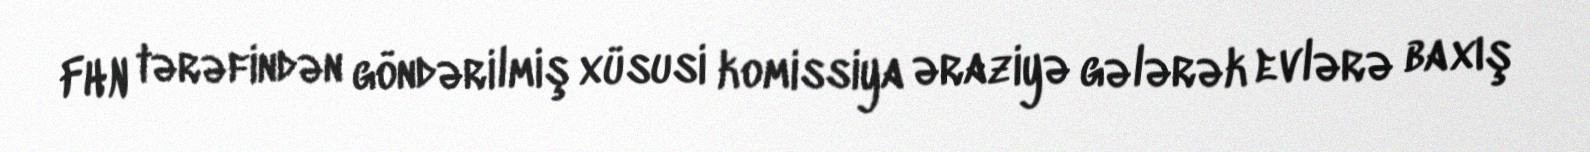
FHN tərəfindən göndərilmiş xüsusi komissiya əraziyə gələrək evlərə baxış